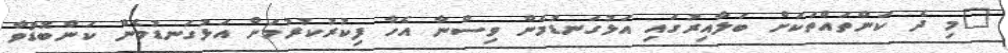
"މި ދެ ކަންތައްތަކަށް ބަލާއިރުގައި އަޅުގަނޑުމެން ވިސްނާ އެހާ ފިކުރުކުރުމަށް އަޅުގަނޑުމެން ކަންބޮޑުވާ